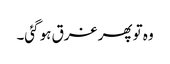
وہ تو پھر غرق ہو گئی۔